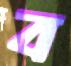
ব